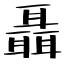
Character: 聶